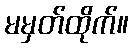
မမှတ်ထိုက်။